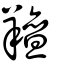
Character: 羶